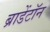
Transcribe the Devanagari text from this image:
ब्राडेंटॉन